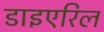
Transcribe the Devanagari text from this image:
डाइएरिल